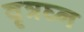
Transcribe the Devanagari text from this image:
वृत्रघ्न